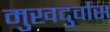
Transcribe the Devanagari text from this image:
मुखदुर्वास